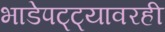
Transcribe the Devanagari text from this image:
भाडेपट्ट्यावरही